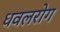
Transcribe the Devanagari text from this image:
धवलरोग